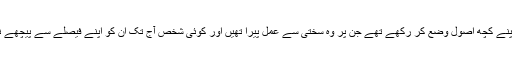
بیگم صاحب نے اپنے کچھ اصول وضع کر رکھے تھے جن پر وہ سختی سے عمل پیرا تھیں اور کوئی شخص آج تک ان کو اپنے فیصلے سے پیچھے نہ دھکیل سکا تھا۔